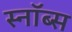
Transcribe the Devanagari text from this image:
स्नॉब्स